Scottish Leaving Certificate Examination, 1957
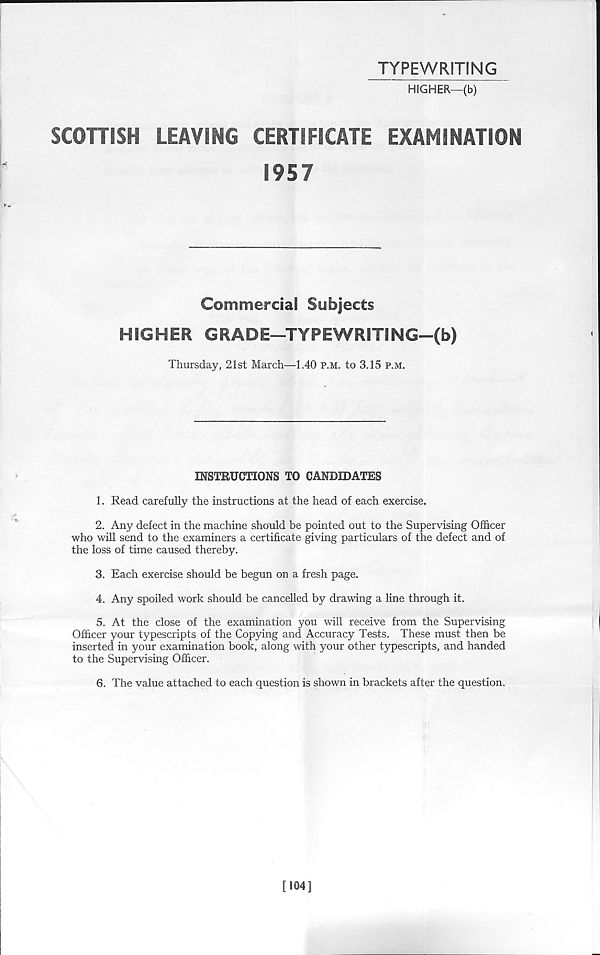
TYPEWRITING
HIGHER—(b)
SCOTTISH
LEAVING
CERTIFICATE
EXAMINATION
1957
Commercial Subjects
HIGHER GRADE—TYPEWRITING-(b)
Thursday, 21st March—-1.40 p.m. to 3.15 p.m.
INSTRUCTIONS TO CANDIDATES
1. Read carefully the instructions at the head of each exercise.
2. Any defect in the machine should be pointed out to the Supervising Officer
who will send to the examiners a certificate giving particulars of the defect and of
the loss of time caused thereby.
3. Each exercise should be begun on a fresh page.
4. Any spoiled work should be cancelled by drawing a line through it.
5. At the close of the examination you will receive from the Supervising
Officer your typescripts of the Copying and Accuracy Tests. These must then be
inserted in your examination book, along with your other typescripts, and handed
to the Supervising Officer.
6. The value attached to each question is shown in brackets after the question.
[S04]